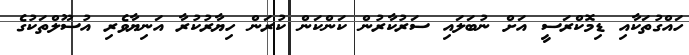
ހައްގުތަކާއި ޑިމޮކްރަސީ އަށް ނުބަލައި ސަރުކާރުން ކަންކަން ކުރަން ހިޔާރުކުރާ އަނިޔާވެރި އުސޫލްތަކުގެ